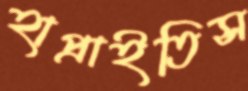
হাপ্‌রাইতিস